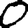
Digit: 0